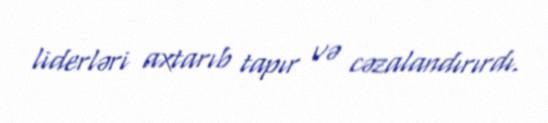
liderləri axtarıb tapır və cəzalandırırdı.